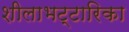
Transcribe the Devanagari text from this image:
शीलाभट्टारिका